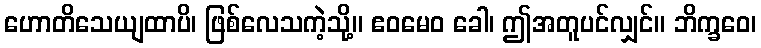
ဟောတိသေယျထာပိ၊ ဖြစ်လေသကဲ့သို့။ ဧဝမေဝ ခေါ၊ ဤအတူပင်လျှင်။ ဘိက္ခဝေ၊